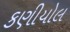
કણીયોલ